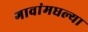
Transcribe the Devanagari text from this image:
गावांमधल्या